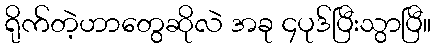
ရိုက်တဲ့ဟာတွေဆိုလဲ အခု ၄ပုဒ်ပြီးသွာပြီ။